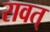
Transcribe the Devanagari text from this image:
रावत्